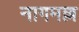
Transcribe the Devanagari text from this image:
नागमल्ल